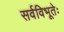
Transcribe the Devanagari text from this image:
सर्वविभूतेः